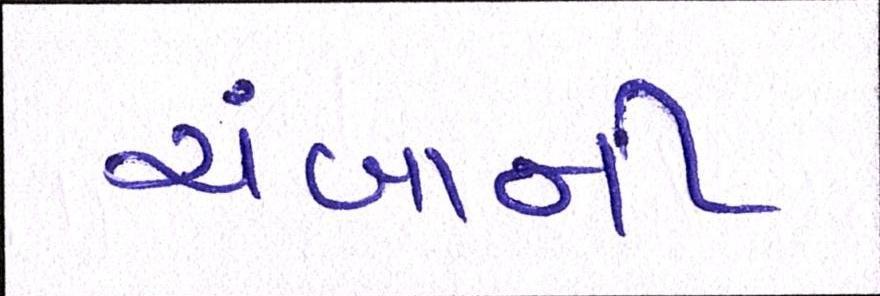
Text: ચંબાની